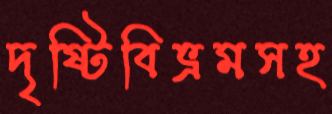
দৃষ্টিবিভ্রমসহ